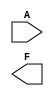
module masked_pal (
    input wire [N-1:0] A, // N inputs (A, B, C, ...)
    output wire [M-1:0] F // M outputs (F1, F2, ...)
);

// Parameters for the number of inputs and outputs
parameter N = 3; // Example: 3 inputs (A, B, C)
parameter M = 2; // Example: 2 outputs (F1, F2)

// Fixed AND array (Example: 4 product terms)
wire [3:0] P; // P1, P2, P3, P4

// Fixed AND gates (Connections are predetermined)
assign P[0] = A[0] & A[1]; // AND gate 1: A AND B
assign P[1] = A[1] & A[2]; // AND gate 2: B AND C
assign P[2] = A[0] & A[2]; // AND gate 3: A AND C
assign P[3] = A[0] & A[1] & A[2]; // AND gate 4: A AND B AND C

// Programmable OR array (Example: 2 outputs)
wire F1, F2;

// OR gate connections (These would be programmed during manufacturing)
assign F1 = P[0] | P[2]; // OR gate for output F1: P1 OR P3
assign F2 = P[1] | P[3]; // OR gate for output F2: P2 OR P4

endmodule